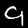
Digit: 9